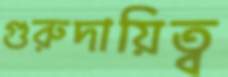
গুরুদায়িত্ব